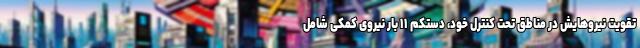
تقویت نیروهایش در مناطق تحت کنترل خود، دستکم ۱۱ بار نیروی کمکی شامل